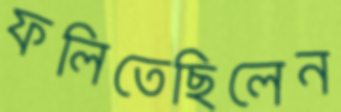
ফলিতেছিলেন